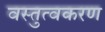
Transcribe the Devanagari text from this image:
वस्तुत्वकरण